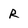
Character: R